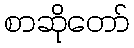
စာဆိုတော်